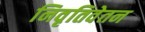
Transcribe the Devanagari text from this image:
निवृतिवेतन